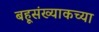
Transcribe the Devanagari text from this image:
बहूसंख्याकच्या